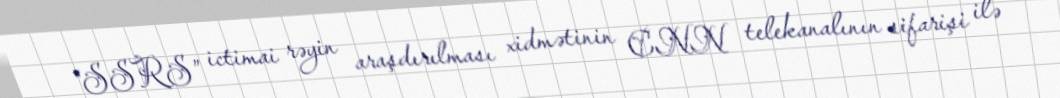
“SSRS” ictimai rəyin araşdırılması xidmətinin CNN telekanalının sifarişi ilə